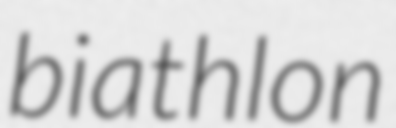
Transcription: biathlon